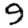
Digit: 9